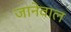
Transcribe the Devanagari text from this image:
जानेवाल